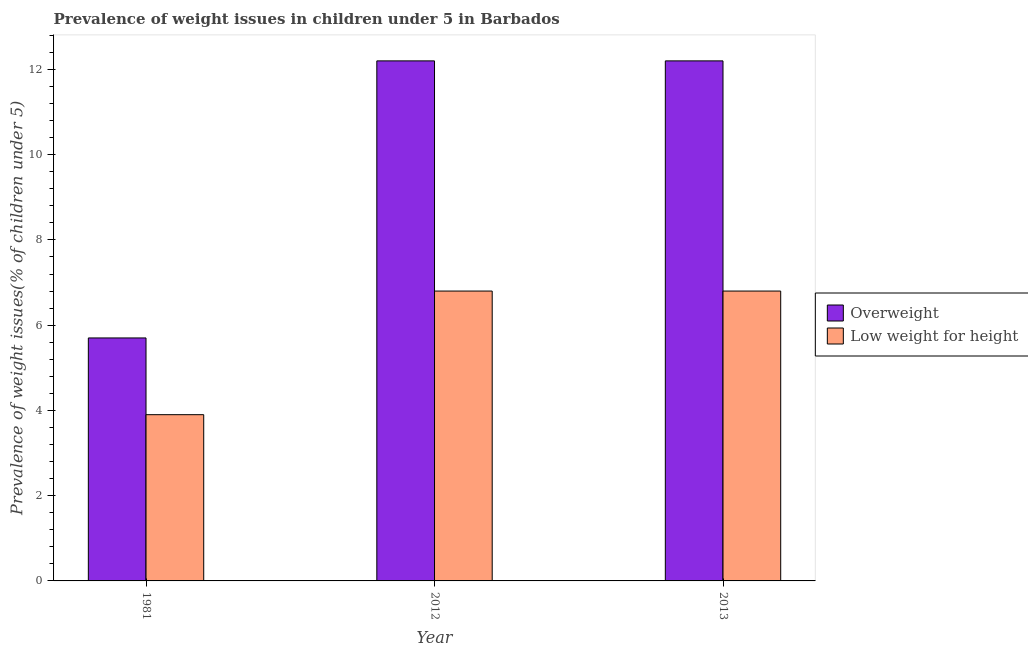
| Year | Overweight | Low weight for height |
 | --- | --- | --- |
 | 1981 | 5.7 | 3.9 |
 | 2012 | 12.2 | 6.8 |
 | 2013 | 12.2 | 6.8 |